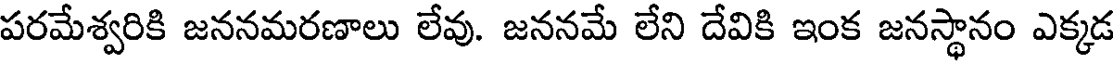
పరమేశ్వరికి జననమరణాలు లేవు. జననమే లేని దేవికి ఇంక జనస్థానం ఎక్కడ